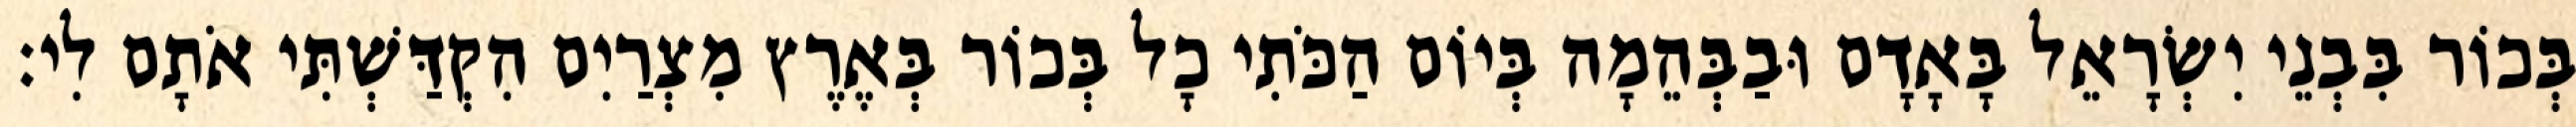
בְּכוֹר בִּבְנֵי יִשְׂרָאֵל בָּאָדָם וּבַבְּהֵמָה בְּיוֹם הַכֹּתִי כָל בְּכוֹר בְּאֶרֶץ מִצְרַיִם הִקְדַּשְׁתִּי אֹתָם לִי׃